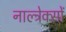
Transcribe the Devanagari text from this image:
नाल्त्रेक्सों